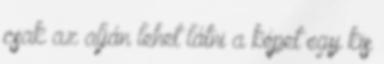
csak az alján lehet látni a képet egy kis